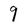
Character: 9